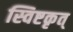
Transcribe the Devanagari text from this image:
स्विष्टकृत्